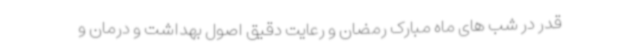
قدر در شب های ماه مبارک رمضان و رعایت دقیق اصول بهداشت و درمان و